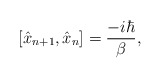
\begin{align*}\left[ \hat{x}_{n+1},\hat{x}_n\right] =\frac{-i\hbar }\beta , \end{align*}